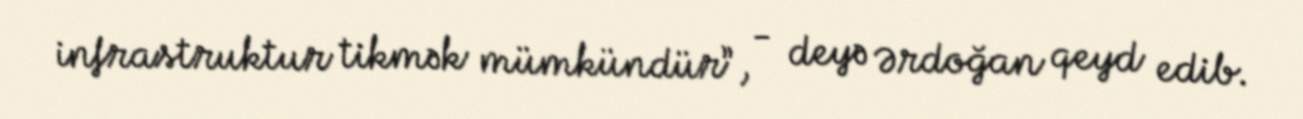
infrastruktur tikmək mümkündür”, - deyə Ərdoğan qeyd edib.